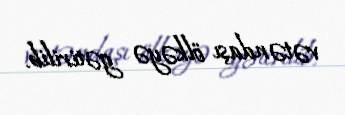
vətəndaşı ölkəyə gətirilib.